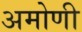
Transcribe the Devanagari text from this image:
अमोणी